Vaccination United Provinces of Agra and Oudh 1902-1913 - 1902-1913
Year: 1902
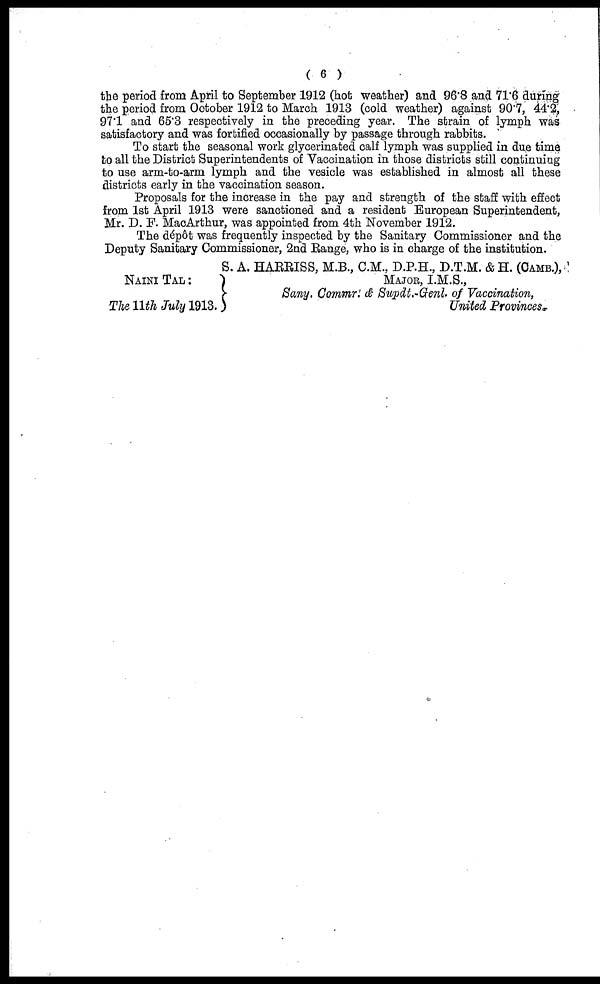
( 6 )
the period from April to September 1912 (hot weather) and 96.8 and 71.6 during
the period from October 1912 to March 1913 (cold weather) against 90.7, 44.2,
97.1 and 65.3 respectively in the preceding year. The strain of lymph was
satisfactory and was fortified occasionally by passage through rabbits.
To start the seasonal work glycerinated calf lymph was supplied in due time
to all the District Superintendents of Vaccination in those districts still continuing
to use arm-to-arm lymph and the vesicle was established in almost all these
districts early in the vaccination season.
Proposals for the increase in the pay and strength of the staff with effect
from 1st April 1913 were sanctioned and a resident European Superintendent,
Mr. D. F. MacArthur, was appointed from 4th November 1912.
The dépôt was frequently inspected by the Sanitary Commissioner and the
Deputy Sanitary Commissioner, 2nd Range, who is in charge of the institution.
NANI TAL :
The 11th July 1913.
S. A. HARRISS, M.B., C.M., D.P.H., D.T.M. & H. (CAMB.),
MAJOR, I.M.S.,
Sany. Commr. & Supdt.-Genl of Vaccination,
United Provinces.